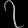
Digit: ၇